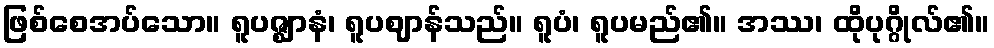
ဖြစ်စေအပ်သော။ ရူပဇ္ဈာနံ၊ ရူပဈာန်သည်။ ရူပံ၊ ရူပမည်၏။ အဿ၊ ထိုပုဂ္ဂိုလ်၏။